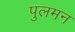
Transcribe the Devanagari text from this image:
पुलमन